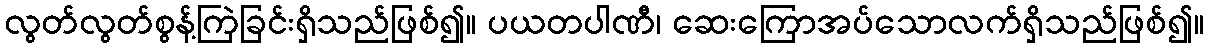
လွတ်လွတ်စွန့်ကြဲခြင်းရှိသည်ဖြစ်၍။ ပယတပါဏီ၊ ဆေးကြောအပ်သောလက်ရှိသည်ဖြစ်၍။